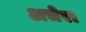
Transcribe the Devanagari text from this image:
अचेरा